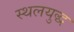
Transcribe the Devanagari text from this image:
स्थलयुद्ध